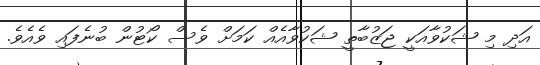
އަދި މި ޝަކުވާއަކީ ޖަޒުބާތީ ޝަކުވާއެއް ކަމަށް ވެސް ކޯޓުން ބުނެފައި ވެއެވެ.